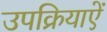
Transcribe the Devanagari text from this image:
उपक्रियाऐं